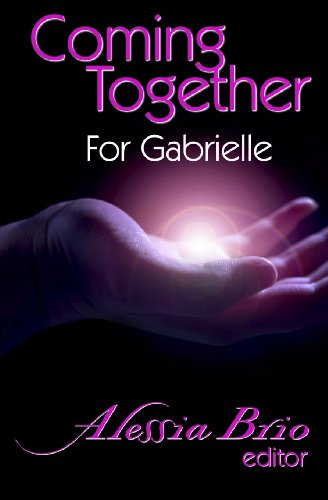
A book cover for Coming Together: For Gabrielle; Romance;